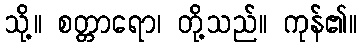
သို့။ စတ္တာရော၊ တို့သည်။ ကုန်၏။